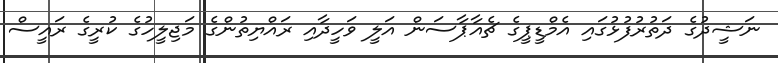
ނަޝީދުގެ ދަތުރުފުޅުގައި އެމްޑީޕީގެ ޗެއާޕާސަން އަލީ ވަހީދާއި ރައްޔިތުންގެ މަޖިލީހުގެ ކުރީގެ ރައީސް